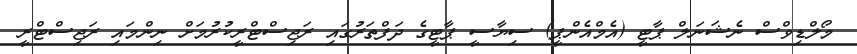
މޯލްޑިވްސް ނެޝަނަލް ޕާޓީ (އެމްއެންޕީ) ސިޔާސީ ޕާޓީގެ ދަފްތަރުގައި ރަޖިސްޓްރީކުރުމަށް ނިންމައި ރަޖިސްޓްރީ